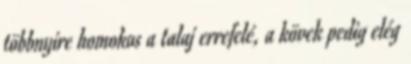
többnyire homokos a talaj errefelé, a kövek pedig elég